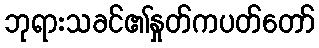
ဘုရားသခင်၏နှုတ်ကပတ်တော်